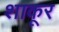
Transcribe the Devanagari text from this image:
शाकूर